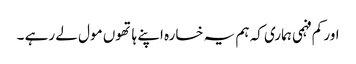
اور کم فہمی ہماری کہ ہم یہ خسارہ اپنے ہاتھوں مول لے رہے ۔